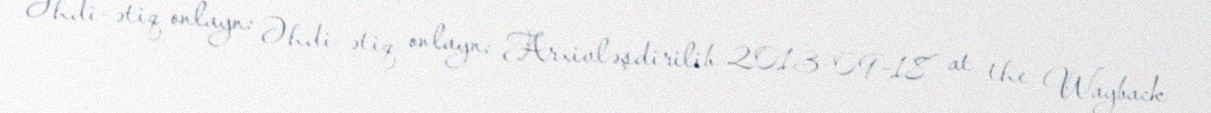
Əhdi-ətiq onlayn: Əhdi-ətiq onlayn: Arxivləşdirilib 2013-09-18 at the Wayback